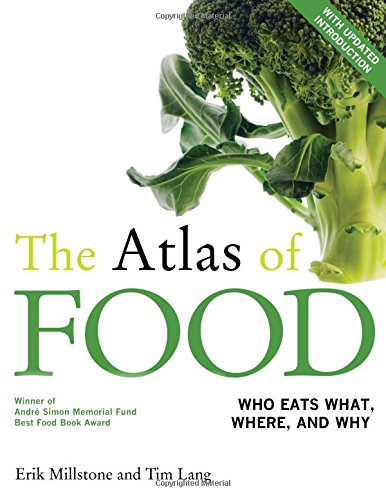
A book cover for The Atlas of Food: With a New Introduction; Erik Millstone; Cookbooks, Food & Wine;